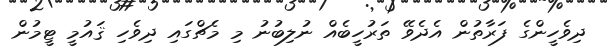
ދިވެހީންގެ ފަރާތުން އެދެވޭ ތަރުހީބެއް ނުލިބުނު މި މެޗްގައި ދިވެހި ޤައުމީ ޓީމުން